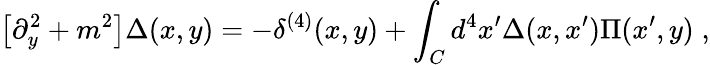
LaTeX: \big[\partial_{y}^{2}+m^{2}\big]\Delta(x,y)=-\delta^{(4)}(x,y)+\int_{C}d^{4}x^{\prime}\Delta(x,x^{\prime})\Pi(x^{\prime},y)\; ,